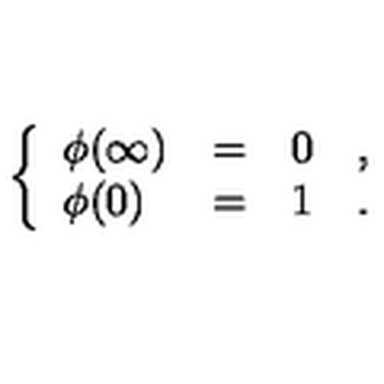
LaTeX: \left\{ \begin{array} { l c l l } { \phi ( \infty ) } & { = } & { 0 } & { , \vspace { 3 m m } } \\ { \phi ( 0 ) } & { = } & { 1 } & { . } \\ \end{array} \right.